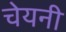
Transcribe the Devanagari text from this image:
चेयनी